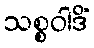
သစ္စဝါဒိံ